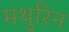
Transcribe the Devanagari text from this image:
मथुरिन